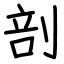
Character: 剖